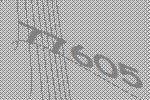
77605